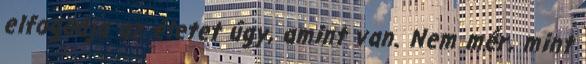
elfogadja az életet úgy, amint van. Nem mér, mint